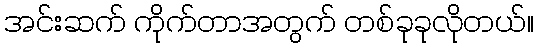
အင်းဆက် ကိုက်တာအတွက် တစ်ခုခုလိုတယ်။